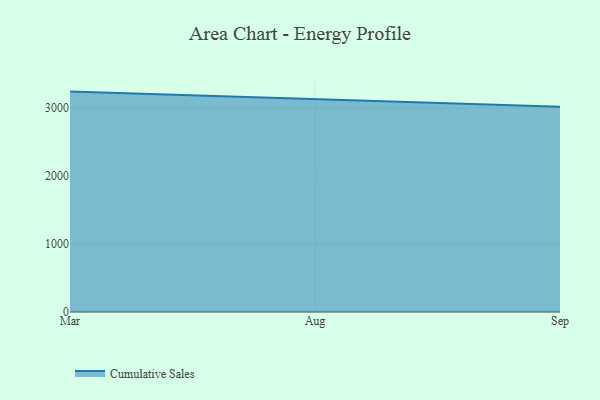
{"axis": {"x": "Month", "y": "Demand Index"}, "legend": ["Cumulative Sales"], "data": [{"x": "Mar", "y": 3241.2, "type": "Cumulative Sales"}, {"x": "Aug", "y": 3129.7, "type": "Cumulative Sales"}, {"x": "Sep", "y": 3019.5, "type": "Cumulative Sales"}]}